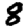
Digit: 8